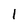
Character: 1